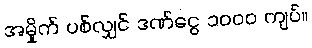
အမှိုက် ပစ်လျှင် ဒဏ်ငွေ ၁၀၀၀ ကျပ်။